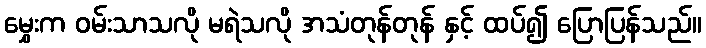
မွှေးက ဝမ်းသာသလို မရဲသလို အသံတုန်တုန် နှင့် ထပ်၍ ပြောပြန်သည်။